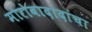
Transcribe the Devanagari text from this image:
मोरोबादादांचा